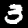
Digit: 3